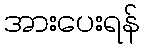
အားပေးရန်